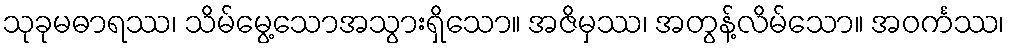
သုခုမဓာရဿ၊ သိမ်မွေ့သောအသွားရှိသော။ အဇိမှဿ၊ အတွန့်လိမ်သော။ အဝင်္ကဿ၊